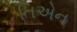
તિએન